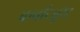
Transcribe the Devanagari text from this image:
बार्बीट्युरेट